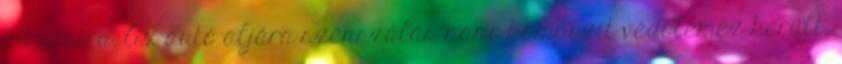
a kocsira. Az autó aljára szénszálas nano-kompozit védőlemez került,